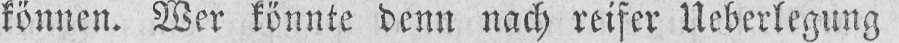
können. Wer könnte denn nach reifer Ueberlegung